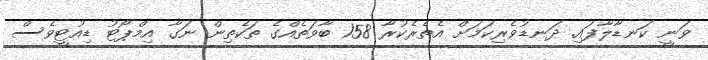
ވަނީ ކަނޑާލާފައި. ދަނޑުވެރިކަމަށް އެތެރެކުރާ 158 ބާވަތެއްގެ ތަކެތިން ނަގާ އިމްޕޯޓު ޑިއުޓީވެސް